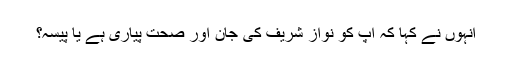
انہوں نے کہا کہ آپ کو نواز شریف کی جان اور صحت پیاری ہے یا پیسہ؟